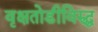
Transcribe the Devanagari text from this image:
वृक्षतोडीविरुद्ध